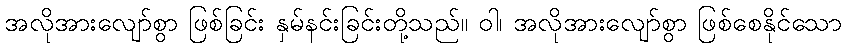
အလိုအားလျော်စွာ ဖြစ်ခြင်း နှမ်နင်းခြင်းတို့သည်။ ဝါ၊ အလိုအားလျော်စွာ ဖြစ်စေနိုင်သော